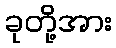
ခုတို့အား